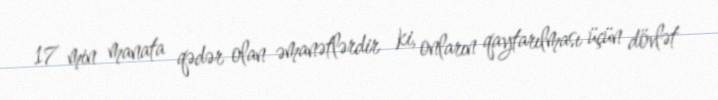
17 min manata qədər olan əmanətlərdir ki, onların qaytarılması üçün dövlət